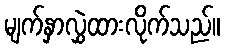
မျက်နှာလွှဲထားလိုက်သည်။